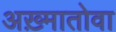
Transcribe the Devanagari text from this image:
अख़्मातोवा